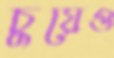
চুয়েও